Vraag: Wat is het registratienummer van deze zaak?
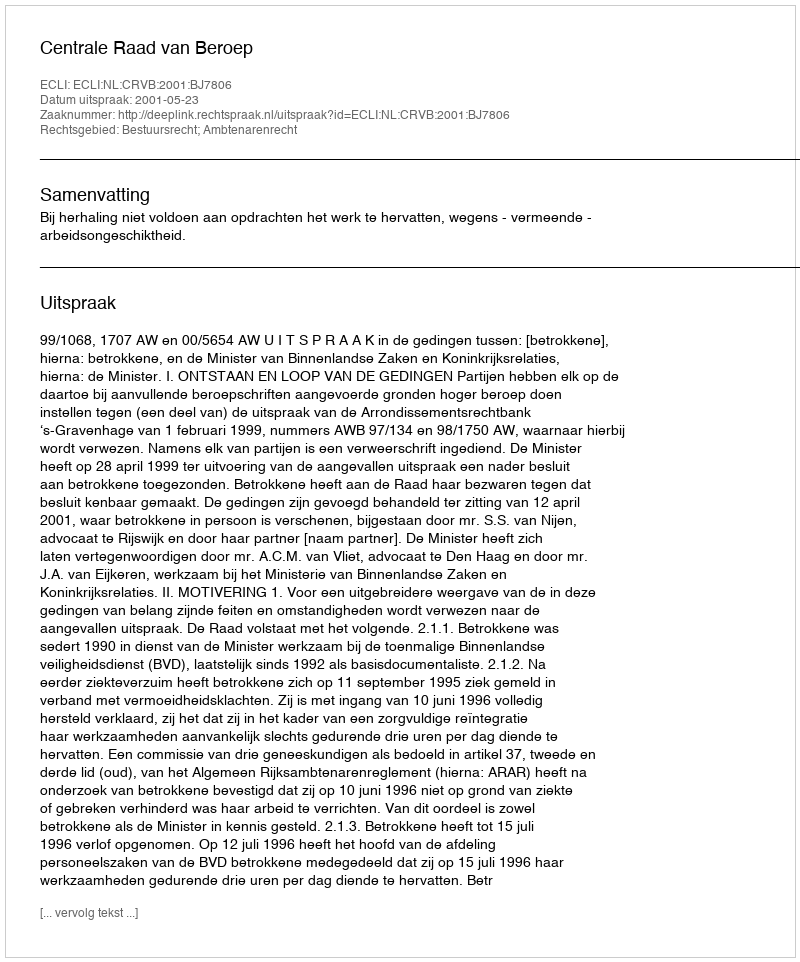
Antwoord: http://deeplink.rechtspraak.nl/uitspraak?id=ECLI:NL:CRVB:2001:BJ7806